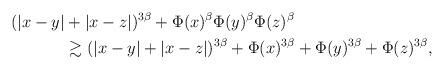
LaTeX: \begin{align*}(|x-y|&+|x-z|)^{3\beta}+ \Phi(x)^\beta \Phi(y)^\beta \Phi(z)^\beta \\& \gtrsim (|x-y|+|x-z|)^{3\beta}+ \Phi(x)^{3\beta} +\Phi(y)^{3\beta} +\Phi(z)^{3\beta},\end{align*}